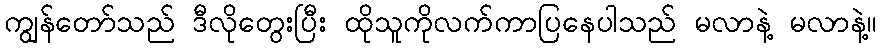
ကျွန်တော်သည် ဒီလိုတွေးပြီး ထိုသူကိုလက်ကာပြနေပါသည် မလာနဲ့ မလာနဲ့။